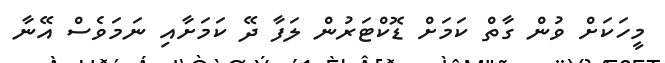
މީހަކަށް ވުން ގާތް ކަމަށް ޑޮކްޓަރުން ލަފާ ދޭ ކަމަށާއި ނަމަވެސް އޭނާ